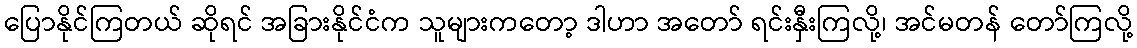
ပြောနိုင်ကြတယ် ဆိုရင် အခြားနိုင်ငံက သူများကတော့ ဒါဟာ အတော် ရင်းနှီးကြလို့၊ အင်မတန် တော်ကြလို့